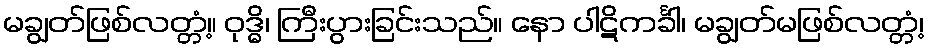
မချွတ်ဖြစ်လတ္တံ့။ ဝုဒ္ဓိ၊ ကြီးပွားခြင်းသည်။ နော ပါဋိကင်္ခါ၊ မချွတ်မဖြစ်လတ္တံ့၊